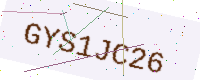
Text: GYS1JC26